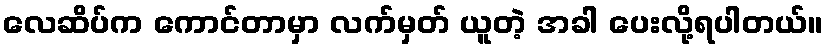
လေဆိပ်က ကောင်တာမှာ လက်မှတ် ယူတဲ့ အခါ ပေးလို့ရပါတယ်။